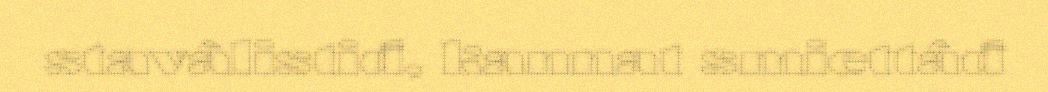
stavâlistiđ, kannat smiettâđ